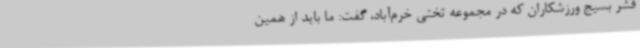
قشر بسیج ورزشکاران که در مجموعه تختی خرم‌آباد، گفت: ما باید از همین